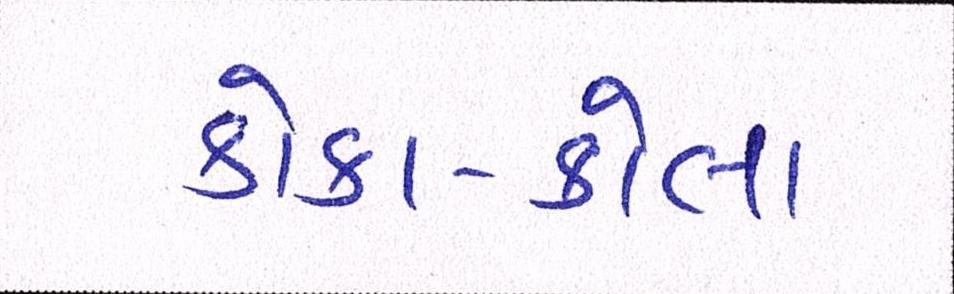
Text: કોકા-કોલા